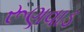
રૂણવાડ